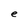
Character: e